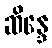
ဆိန္ဒေ